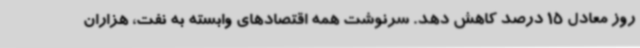
روز معادل 15 درصد کاهش دهد. سرنوشت همه اقتصادهای وابسته به نفت، هزاران